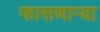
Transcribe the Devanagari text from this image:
फासणाऱ्या